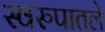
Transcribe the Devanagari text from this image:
स्वरुपातले